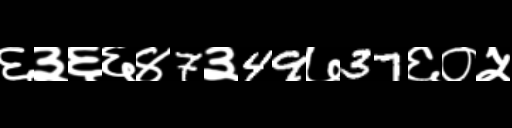
Text: ६३६६४7३49७37६०५